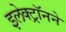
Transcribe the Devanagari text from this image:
इलेक्ट्रॉनने